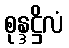
စုန္ဒဋ္ဌိလံ